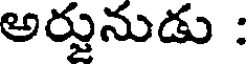
అర్జునుడు :